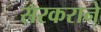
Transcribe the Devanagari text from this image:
सरकराने